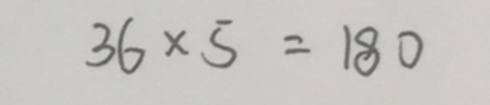
3 6 \times 5 = 1 8 0